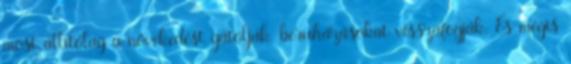
most állítólag a növekedést gátolják, beruházásokat visszafogják. És mégis